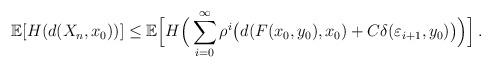
LaTeX: \begin{align*}{\mathbb E}[H(d(X_n,x_0))] \leq {\mathbb E} \Big[H\Big(\sum_{i=0}^\infty \rho^i \big(d(F(x_0,y_0), x_0) + C \delta(\varepsilon_{i+1}, y_0)\big)\Big)\Big]\, .\end{align*}